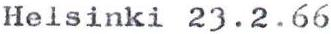
Heisinki 23.2.66